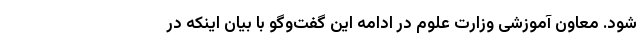
شود. معاون آموزشی وزارت علوم در ادامه این گفت‌وگو با بیان اینکه در